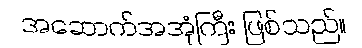
အဆောက်အအုံကြီး ဖြစ်သည်။